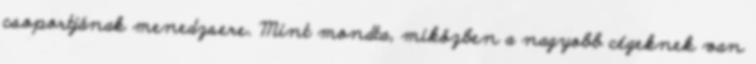
csoportjának menedzsere. Mint mondta, miközben a nagyobb cégeknek van